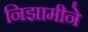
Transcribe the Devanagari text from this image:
निझामीने